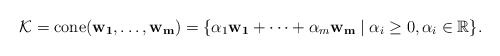
\begin{align*}\mathcal{K} =\mathrm{cone}(\mathbf{w_1}, \dots, \mathbf{w_m}) = \{ \alpha_1 \mathbf{w_1} + \dots + \alpha_m \mathbf{w_m} \mid \alpha_i \geq 0, \alpha_i \in \mathbb{R} \}.\end{align*}